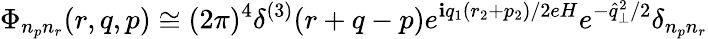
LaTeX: \Phi_{n_{p}n_{r}}(r,q,p)\cong(2\pi)^{4}\delta^{(3)}(r+q-p)e^{\mathbf{i}q_{1}(r_{2}+p_{2})/2eH}e^{-\widehat{{q}}_{\perp}^{2}/2}\delta_{n_{p}n_{r}}